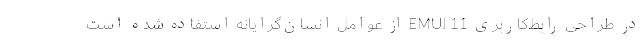
در طراحی رابط‌کاربری EMUI 11 از عوامل انسان‌گرایانه استفاده شده است